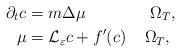
LaTeX: \begin{align*}\partial_tc &= m\Delta\mu \;\;\;\;\;\;\;\;\;\;\;\;\;\;\Omega_T, \\\mu &= \mathcal{L}_\varepsilon c + f^\prime(c)\;\;\;\;\Omega_T,\end{align*}